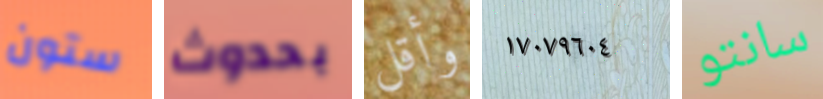
ستون بحدوث وأقل ١٧٠٧٩٦٠٤ سانتو